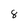
Character: 8